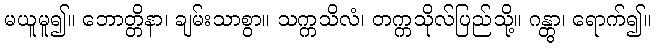
မယူမူ၍။ ဘောတ္တိနာ၊ ချမ်းသာစွာ။ သက္ကသိလံ၊ တက္ကသိုလ်ပြည်သို့။ ဂန္တွာ၊ ရောက်၍။